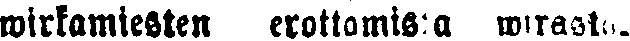
wirkamiesten erottamista wirasto-